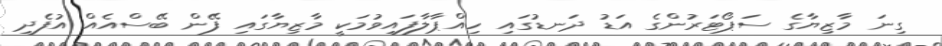
ގިނަ މާޒިޔާގެ ސަޕޯޓަރުންގެ އަޑު ދަނޑުގައި ހިއްޕާލާފައިވުމަކީ މާޒިޔާގައި ފޭން ބޭސްއެއް އުފެދި